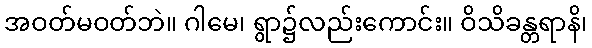
အဝတ်မဝတ်ဘဲ။ ဂါမေ၊ ရွာ၌လည်းကောင်း။ ဝိသိခန္တရာနိ၊